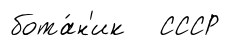
бота́н'ик СССР